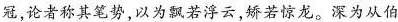
冠，论者称其笔劳，以为飘若浮云，矫若惊龙。深为从伯